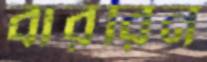
বাররিন